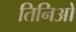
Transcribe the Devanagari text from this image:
तिनिओ